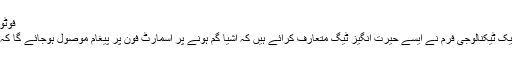
فوٹو: بشکریہ ریگڈ ٹیگڈ
سڈنی: آسٹریلیا میں ایک ٹیکنالوجی فرم نے ایسے حیرت انگیز ٹیگ متعارف کرائے ہیں کہ اشیا گم ہونے پر اسمارٹ فون پر پیغام موصول ہوجائے گا کہ لاپتا شے کہاں ہے۔